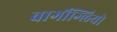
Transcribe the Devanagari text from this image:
बार्गोग्लियो